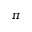
\pi